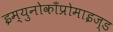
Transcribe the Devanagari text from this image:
इम्युनोकाँप्रोमाइज्ड